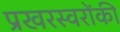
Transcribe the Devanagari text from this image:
प्रखरस्वरोंकी